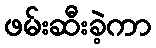
ဖမ်းဆီးခဲ့ကာ